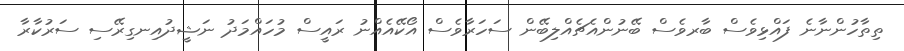
ތިތާހުންނާނެ ފައްޅިވެސް ބާރވެސް ބޭނުންއެޗެއްލިބޭން ސަހަރާވެސް އޯކޭއެއްނު ރައީސް މުހައްމަދު ނަޝީދުއިނގިރޭސި ސަރުކާރާ